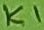
Text: K1